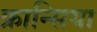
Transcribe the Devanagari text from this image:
फ्रान्सिया